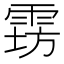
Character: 𱁔